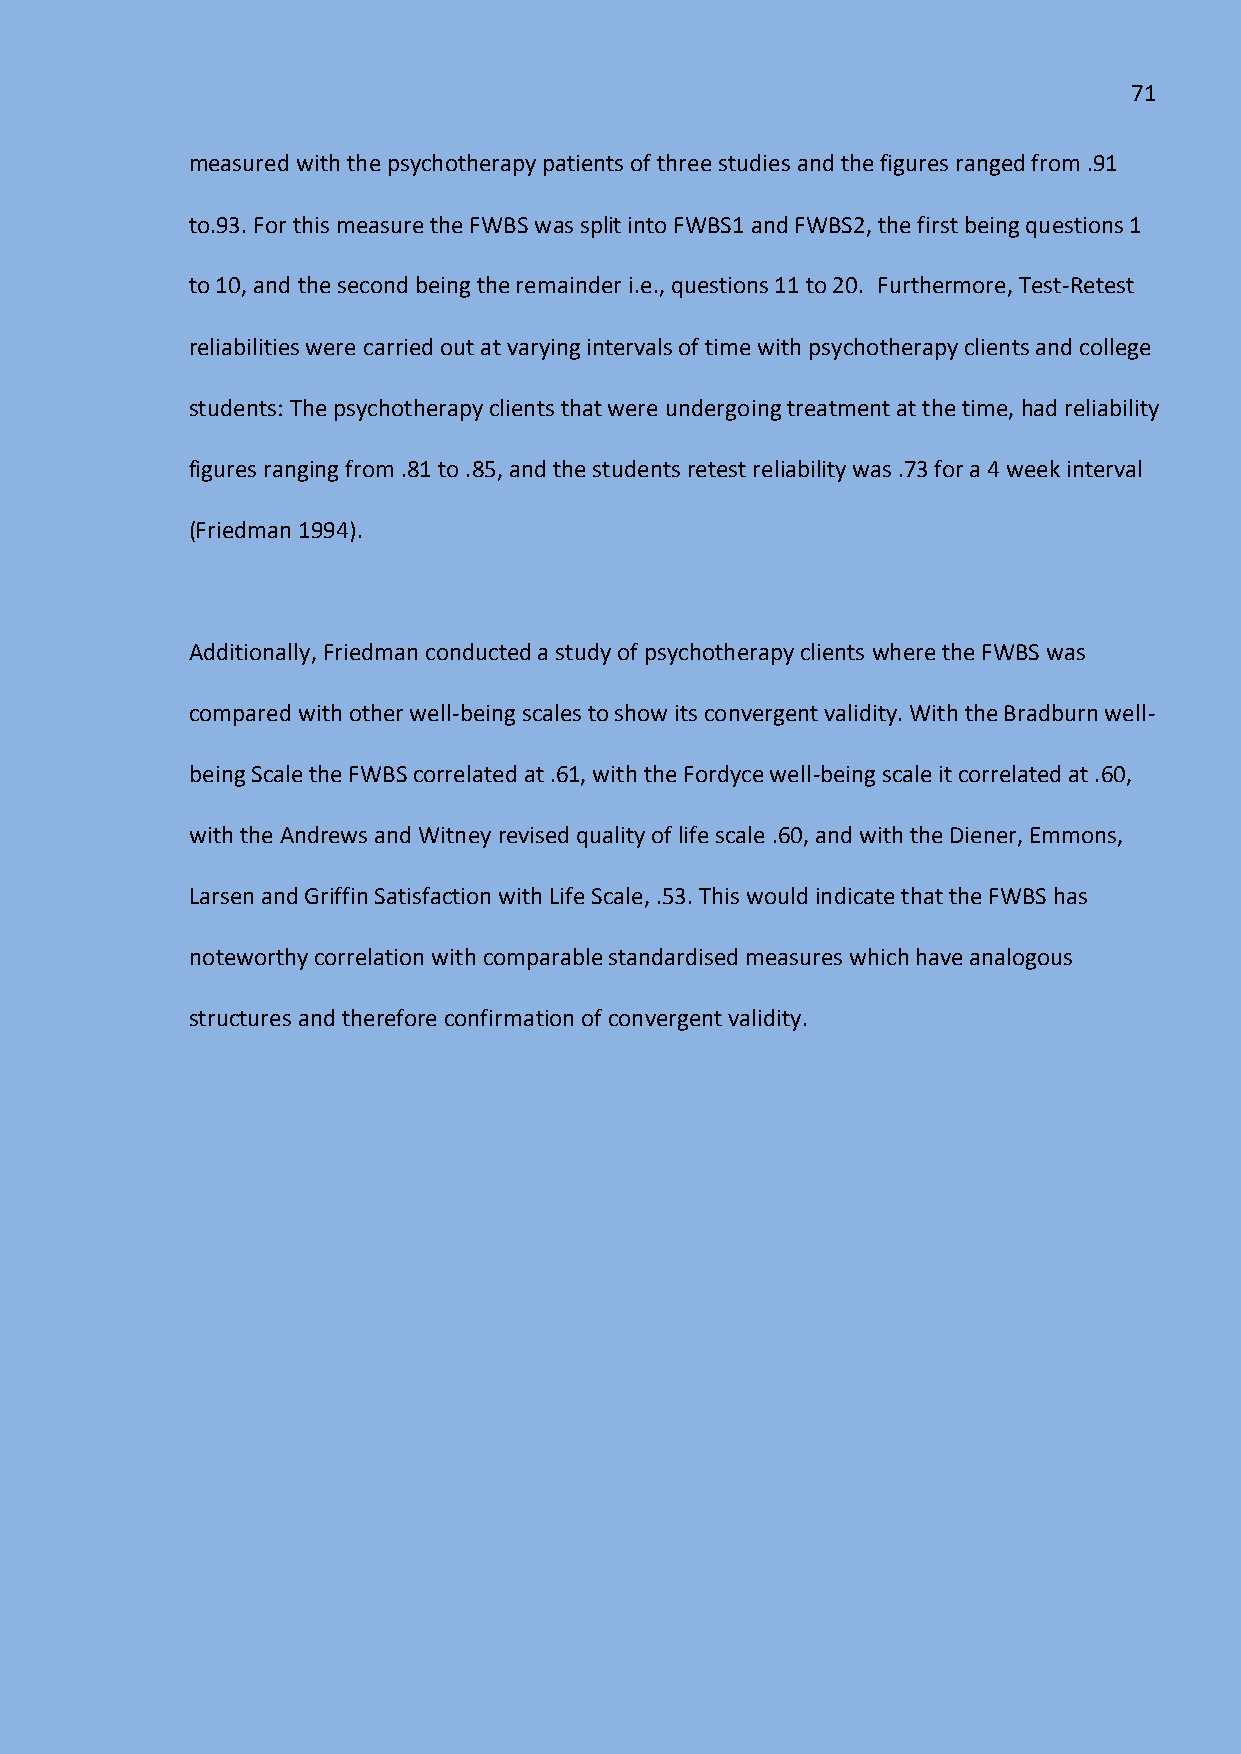
71
 measured with the psychotherapy patients of three studies and the figures ranged from .91
 to.93. For this measure the FWBS was split into FWBS1 and FWBS2, the first being questions 1
 to 10, and the second being the remainder i.e., questions 11 to 20. Furthermore, Test-Retest
 reliabilities were carried out at varying intervals of time with psychotherapy clients and college
 students: The psychotherapy clients that were undergoing treatment at the time, had reliability
 figures ranging from .81 to .85, and the students retest reliability was .73 for a 4 week interval
 (Friedman 1994).
 Additionally, Friedman conducted a study of psychotherapy clients where the FWBS was
 compared with other well-being scales to show its convergent validity. With the Bradburn well-
 being Scale the FWBS correlated at .61, with the Fordyce well-being scale it correlated at .60,
 with the Andrews and Witney revised quality of life scale .60, and with the Diener, Emmons,
 Larsen and Griffin Satisfaction with Life Scale, .53. This would indicate that the FWBS has
 noteworthy correlation with comparable standardised measures which have analogous
 structures and therefore confirmation of convergent validity.